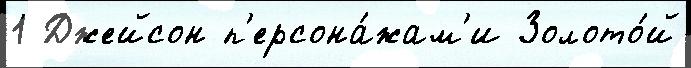
1 Джейсон п'ерсона́жам'и Золото́й